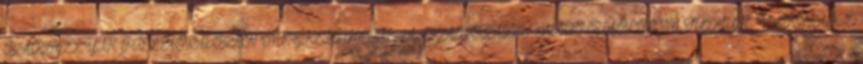
BÁRMELYIK PILLANATBAN MEGKEZDHETIK A SZABOTÁZST. AZONBAN NEM TUDJUK, VANNAK-E